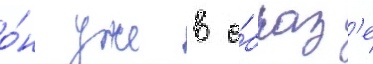
о́н уже в о́браз'е